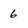
Character: 6